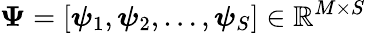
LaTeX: \boldsymbol{\Psi}=[\boldsymbol{\psi}_{1},\boldsymbol{\psi}_{2},\dots,\boldsymbol{\psi}_{S}]\in\mathbb{R}^{M\times S}